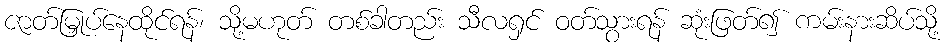
ဇာတ်မြှုပ်နေထိုင်ရန်၊ သို့မဟုတ် တစ်ခါတည်း သီလရှင် ဝတ်သွားရန် ဆုံးဖြတ်၍ ကမ်းနားဆိပ်သို့